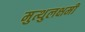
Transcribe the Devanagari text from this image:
मुत्थुलक्षमी